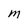
Character: m